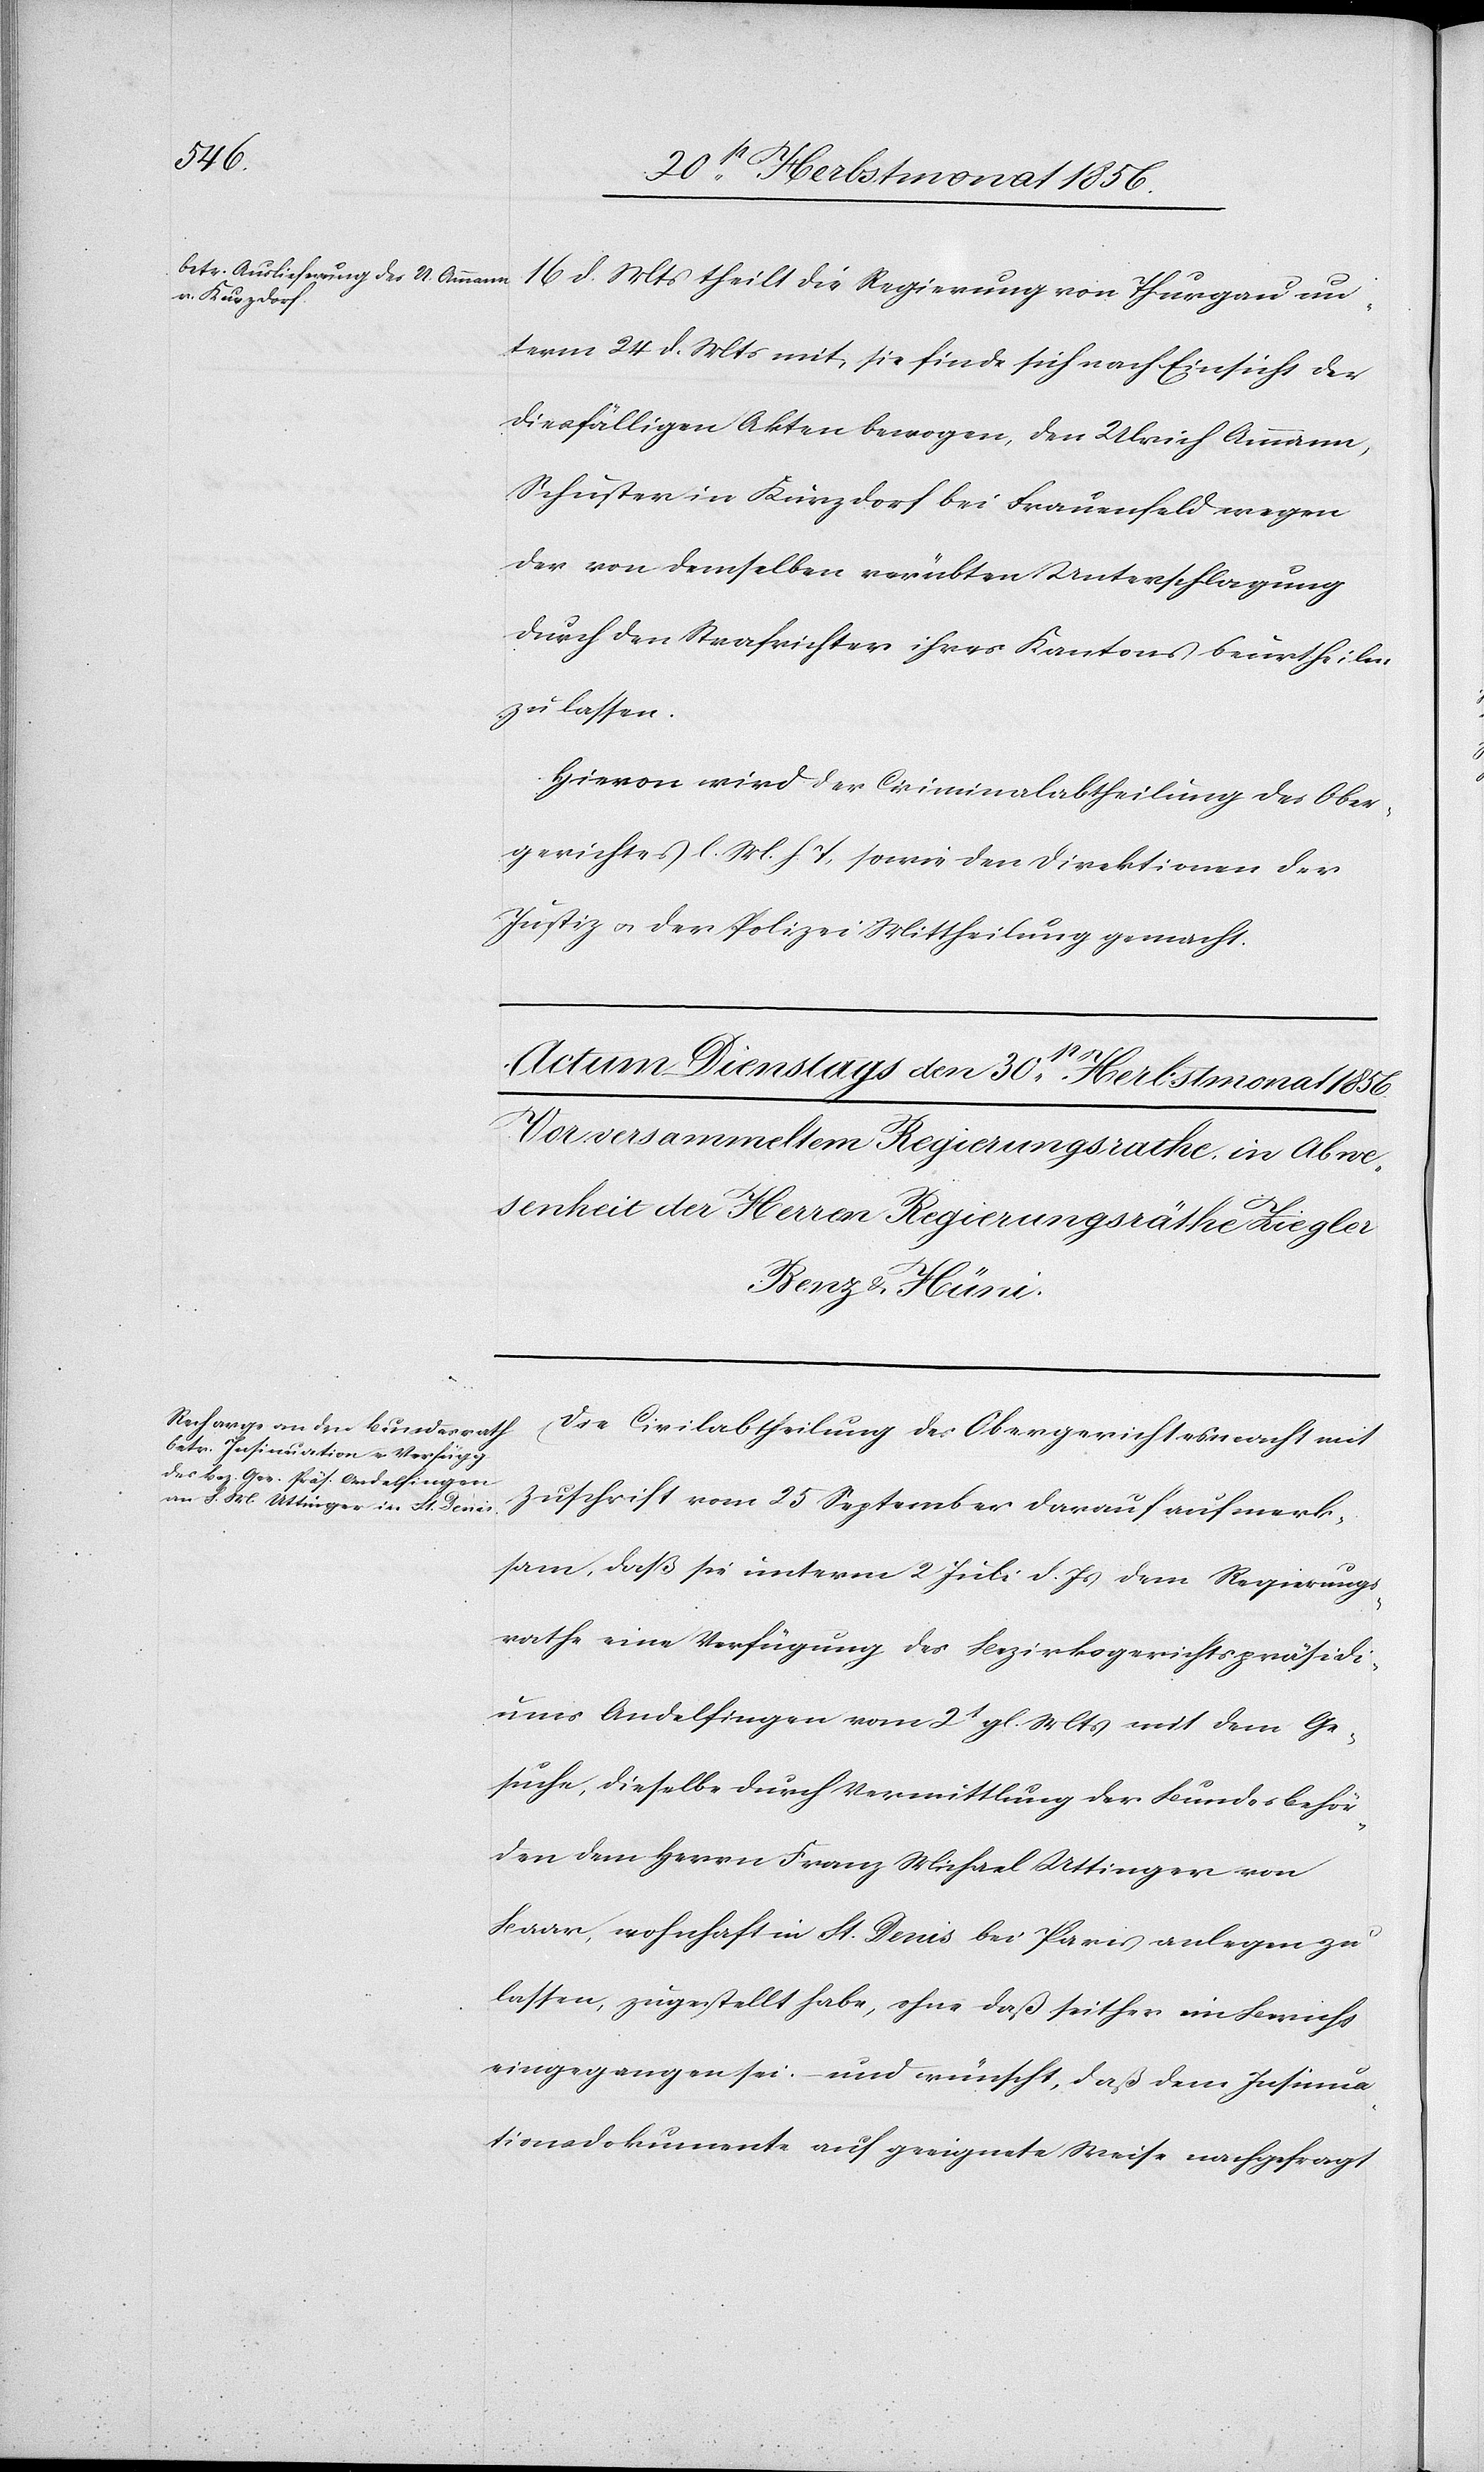
16 d. Mts theilt die Regierung von Thurgau un¬
term 24 d. Mts mit, sie finde sich nach Einsicht der
diesfälligen Akten bewogen, den Ulrich Ammann,
Schuster in Kurzdorf bei Frauenfeld wegen
der von demselben verübten Unterschlagung
durch den Strafrichter ihres Kantons beurtheilen
zu lassen.
Hievon wird der Criminalabtheilung des Ober¬
gerichtes l. M. h. T, sowie den Direktionen der
Justiz u. der Polizei Mittheilung gemacht.
Die Civilabtheilung des Obergerichtes macht mit
Zuschrift vom 25 September darauf aufmerk¬
sam, daß sie unterm 2 Juli d. Js dem Regierungs¬
rathe eine Verfügung des Bezirksgerichtspräsidi¬
ums Andelfingen vom 2t gl. Mts mit dem Ge¬
suche, dieselbe durch Vermittlung der Bundesbehör¬
den dem Herrn Franz Michael Uttinger von
Baar, wohnhaft in St. Denis bei Paris anlegen zu
lassen, zugestellt habe, ohne daß seither ein Bericht
eingegangen sei, – und wünscht, daß dem Insinua¬
tionsdokumente auf geeignete Weise nachgefragt